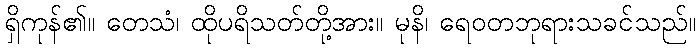
ရှိကုန်၏။ တေသံ၊ ထိုပရိသတ်တို့အား။ မုနိ၊ ရေဝတဘုရားသခင်သည်။